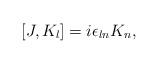
LaTeX: \begin{align*}[J,K_l] = i\epsilon_{ln}K_n,\end{align*}